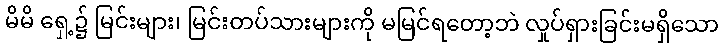
မိမိ ရှေ့၌ မြင်းများ၊ မြင်းတပ်သားများကို မမြင်ရတော့ဘဲ လှုပ်ရှားခြင်းမရှိသော